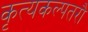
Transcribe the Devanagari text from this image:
कृत्यकल्पतरौ